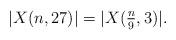
LaTeX: \begin{align*}|X(n,27)| = |X(\tfrac{n}{9},3)|.\end{align*}